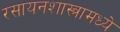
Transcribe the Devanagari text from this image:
रसायनशास्त्रामध्ये